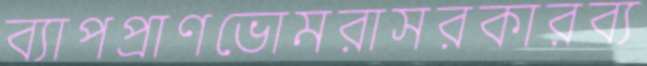
ব্যাপপ্রাণভোমরাসরকারব্য